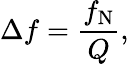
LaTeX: \Delta f={\frac{f_{\mathrm{N}}}{Q}},